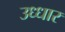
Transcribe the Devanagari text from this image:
उध्धार